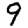
Digit: 9